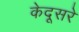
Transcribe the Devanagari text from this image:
केदूसरे